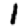
Digit: 1